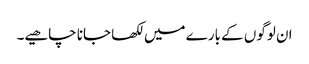
ان لوگوں کے بارے میں لکھا جانا چاھیے۔